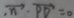
\overrightarrow { n } \cdot \overrightarrow { P D } = 0